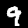
Label: 9